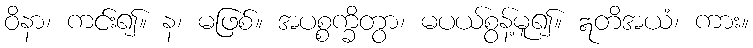
ဝိနာ၊ ကင်း၍။ န၊ မဖြစ်။ အပစ္စက္ခိတွာ၊ မပယ်စွန့်မူ၍။ ဣတိအယံ၊ ကား။